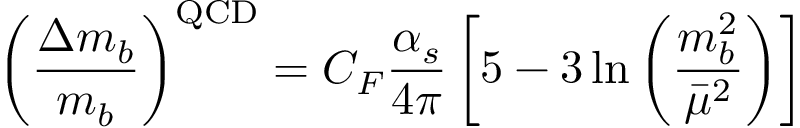
\left( { \frac { \Delta m _ { b } } { m _ { b } } } \right) ^ { \mathrm { Q C D } } = C _ { F } \frac { \alpha _ { s } } { 4 \pi } \left[ 5 - 3 \ln \left( \frac { m _ { b } ^ { 2 } } { \bar { \mu } ^ { 2 } } \right) \right]